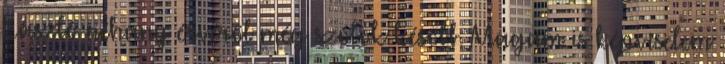
László néhány érvéről még szólok később. Magam is képviselem